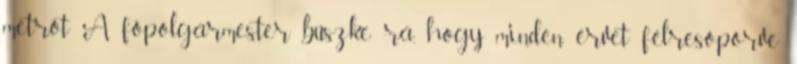
metrót A főpolgármester büszke rá, hogy minden érvet félresöpörve